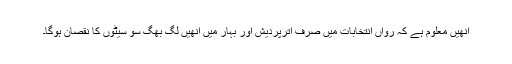
انھیں معلوم ہے کہ رواں انتخابات میں صرف اترپردیش اور بہار میں انھیں لگ بھگ سو سیٹوں کا نقصان ہوگا۔